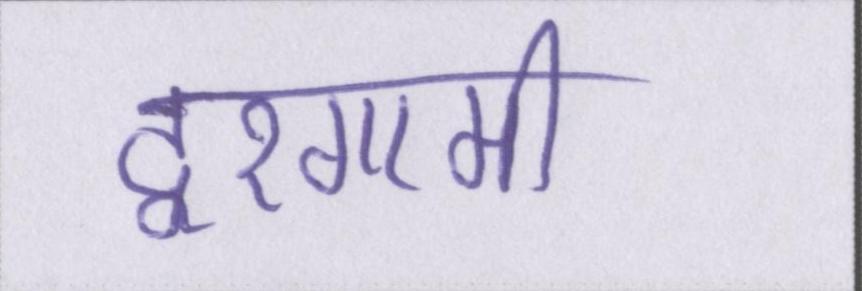
दूरगामी